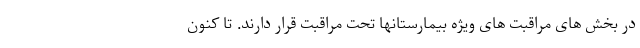
در بخش های مراقبت های ویژه بیمارستانها تحت مراقبت قرار دارند. تا کنون